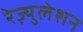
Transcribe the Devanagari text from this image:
रेज़्युलेशन